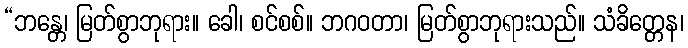
“ဘန္တေ၊ မြတ်စွာဘုရား။ ခေါ၊ စင်စစ်။ ဘဂဝတာ၊ မြတ်စွာဘုရားသည်။ သံခိတ္တေန၊